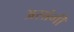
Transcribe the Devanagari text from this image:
असांगी